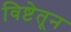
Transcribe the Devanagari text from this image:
विष्टेतून